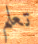
تعلم